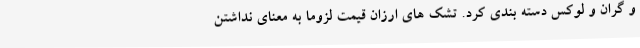
و گران و لوکس دسته بندی کرد. تشک های ارزان قیمت لزوما به معنای نداشتن